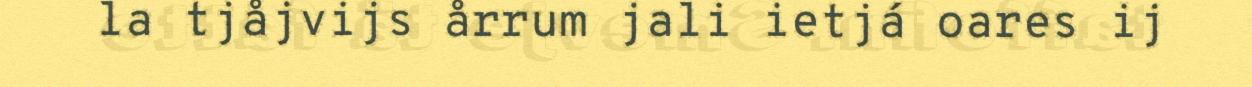
la tjåjvijs årrum jali ietjá oares ij